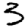
Digit: 3